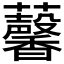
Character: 𧅥